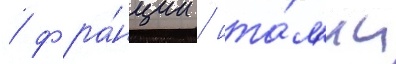
/ фра́нции / ита́л'ии